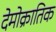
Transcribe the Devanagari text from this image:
देमोक्रातिक